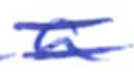
Text: a
Cross-out: mix
Writing tool: ballpoint